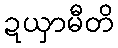
ဍယှာမီတိ